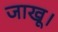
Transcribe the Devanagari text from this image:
जाखू।